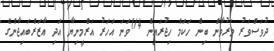
ދުވަސްވަރު މަރުވާން ބިން ހަކަމް ހިޖުރައިން 114ވަނަ އަހަރު އަރްމީނިޔާ އަދި އާޒަރްބައިޖާންގެ